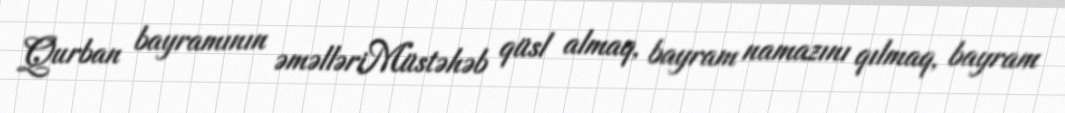
Qurban bayramının əməlləriMüstəhəb qüsl almaq, bayram namazını qılmaq, bayram